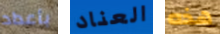
بأعداد العناد هذه